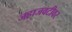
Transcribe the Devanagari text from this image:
जहाजवटीवर